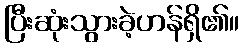
ပြီးဆုံးသွားခဲ့ဟန်ရှိ၏။